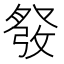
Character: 𱱸